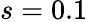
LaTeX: s=0.1